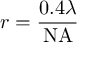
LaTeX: r = { \frac { 0 . 4 \lambda } { \mathrm { N A } } }